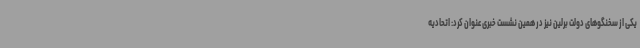
یکی از سخنگوهای دولت برلین نیز در همین نشست خبری عنوان کرد: اتحادیه